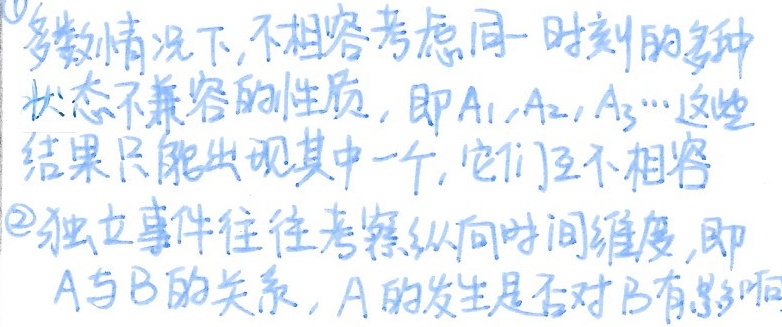
多数情况下，不相容考虑同一时刻的多种状态不兼容的性质，即$A_1,A_2,A_3\cdots$这些结果只能出现其中一个，它们互不相容
\textcircled{2}独立事件往往考察纵向时间维度，即$A$与$B$的关系，$A$的发生是否对$B$有影响